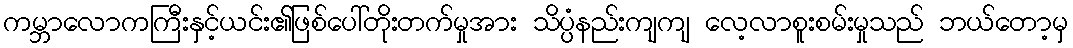
ကမ္ဘာလောကကြီးနှင့်ယင်း၏ဖြစ်ပေါ်တိုးတက်မှုအား သိပ္ပံနည်းကျကျ လေ့လာစူးစမ်းမှုသည် ဘယ်တော့မှ